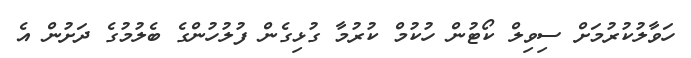
ހަވާލުކުރުމަށް ސިވިލް ކޯޓުން ހުކުމް ކުރުމާ ގުޅިގެން ފުލުހުންގެ ބެލުމުގެ ދަށުން އެ